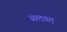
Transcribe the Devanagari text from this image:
अलगत